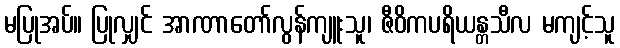
မပြုအပ်။ ပြုလျှင် အာဏာတော်လွန်ကျူးသူ၊ ဇီဝိကပရိယန္တသီလ မကျင့်သူ